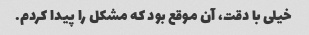
خیلی با دقت، آن موقع بود که مشکل را پیدا کردم.